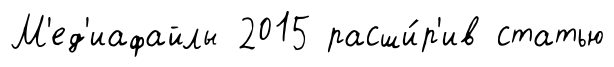
М'ед'иафайлы 2015 расши́р'ив статью